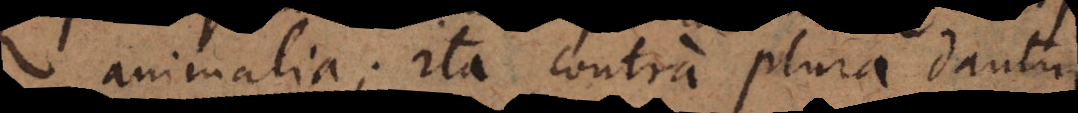
animalia; ita contra plura dantur